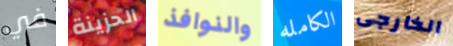
في الحزينة والنوافذ الكامله الخارجى